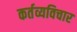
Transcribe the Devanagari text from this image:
कर्तव्यविचार